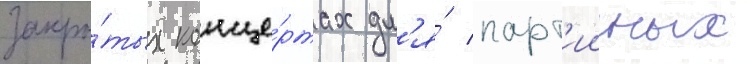
закры́тых конце́ртах дл'я́ парт'ииных